Report of the Municipal Commissioner on the plague in Bombay for the year ending 31st May... - Volume 3
Disease focus: Plague
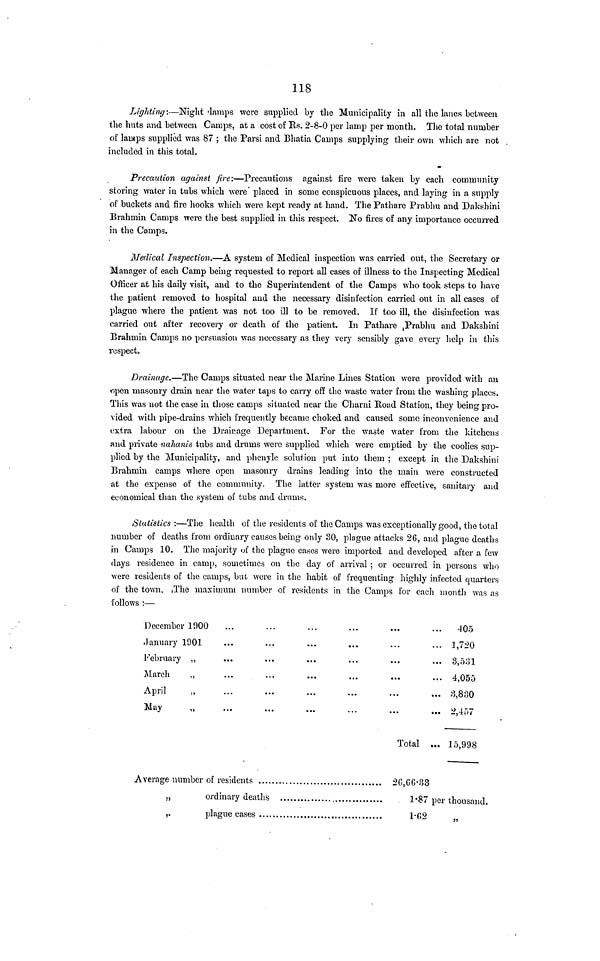
118
Lighting:—Night lamps were supplied by the Municipality in all the lanes between
the huts and between Camps, at a cost of Rs. 2-8-0 per lamp per month. The total number
of lamps supplied was 87 ; the Parsi and Bhatia Camps supplying their own which are not
included in this total.
Precaution against fire:—Precautions against fire were taken by each community
storing -water in tubs which, were placed in some conspicuous places, and laying in a supply
of buckets and fire hooks which were kept ready at hand. The Pathare Prabhu and Dakshini
Brahmin Camps were the best supplied in this respect. No fires of any importance occurred
in the Camps.
Medical Inspection.—A system of Medical inspection was carried out, the Secretary or
Manager of each Camp being requested to report all cases of illness to the Inspecting Medical
Officer at his daily visit, and to the Superintendent of the Camps who took steps to have
the patient removed to hospital and the necessary disinfection carried out in all cases of
plague where the patient was not too ill to be removed. If too ill, the disinfection was
carried out after recovery or death of the patient. In Pathare ,Prabhu and Dakshini
Brahmin Camps no persuasion was necessary as they very sensibly gave every help in this
respect.
Drainage.—The Camps situated near the Marine Lines Station were provided with an
open masonry drain near the water taps to carry off the waste water from the washing places.
This was not the case in those camps situated near the Charni Road Station, they being pro-
vided with pipe-drains which frequently became choked and caused some inconvenience and
extra labour on the Drainage Department. For the waste water from the kitchens
and private nahanis tubs and drums were supplied which were emptied by the coolies sup-
plied by the Municipality, and phenyle solution put into them ; except in the Dakshini
Brahmin camps where open masonry drains leading into the main were constructed
at the expense of the community. The latter system was more eñ'ective, sanitary and
economical than the system of tubs and drums.
Statistics :—The health of the residents of the Camps was exceptionally good, the total
number of deaths from ordinary causes being only 30, plague attacks 26, and plague deaths
in Camps 10. The majority of the plague cases were imported and developed after a few
days residence in camp, sometimes on the day of arrival ; or occurred in persons who
were residents of the camps, but were in the habit of frequenting highly infected quarters
of the town. The maximum number of residents in the Camps for each month was as
follows :—
December 1900
•January 1001
February „
March
,,
April
„
May
,,
Total
Average number of residents
.,
ordinary deaths
,.
plague cases
405
... 1,720
3,531
... 4,055
... 3,830
... 2,457
... 15,998
2G,GG-33
1·87 per thousand.
1·62